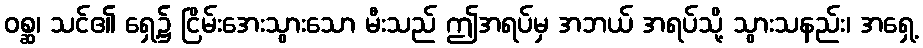
ဝစ္ဆ၊ သင်၏ ရှေ့၌ ငြိမ်းအေးသွားသော မီးသည် ဤအရပ်မှ အဘယ် အရပ်သို့ သွားသနည်း၊ အရှေ့